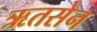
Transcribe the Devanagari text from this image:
ऋतसेन